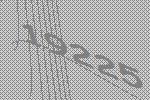
19225